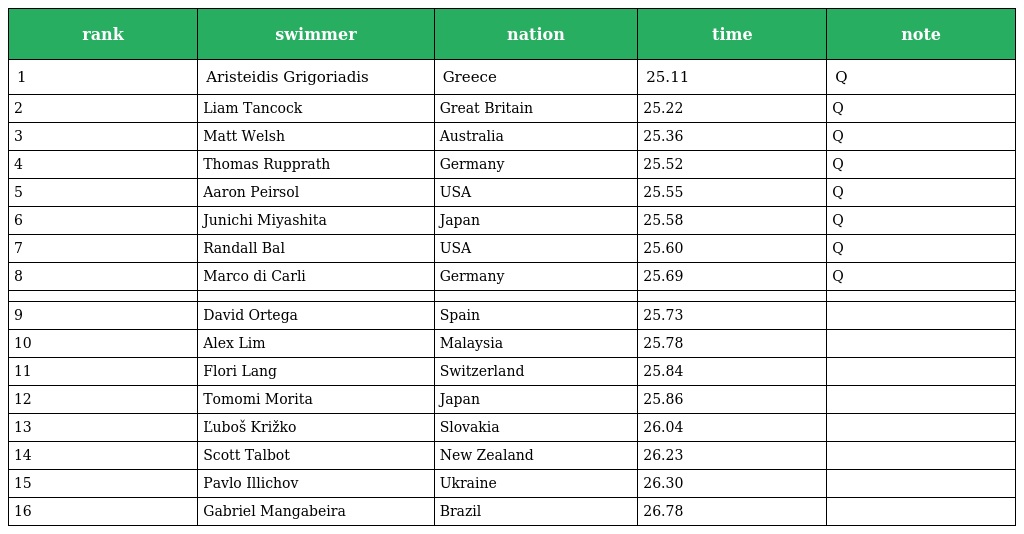
| rank | swimmer | nation | time | note |
 | --- | --- | --- | --- | --- |
 | 1 | Aristeidis Grigoriadis | Greece | 25.11 | Q |
 | 2 | Liam Tancock | Great Britain | 25.22 | Q |
 | 3 | Matt Welsh | Australia | 25.36 | Q |
 | 4 | Thomas Rupprath | Germany | 25.52 | Q |
 | 5 | Aaron Peirsol | USA | 25.55 | Q |
 | 6 | Junichi Miyashita | Japan | 25.58 | Q |
 | 7 | Randall Bal | USA | 25.60 | Q |
 | 8 | Marco di Carli | Germany | 25.69 | Q |
 |  |  |  |  |  |
 | 9 | David Ortega | Spain | 25.73 |  |
 | 10 | Alex Lim | Malaysia | 25.78 |  |
 | 11 | Flori Lang | Switzerland | 25.84 |  |
 | 12 | Tomomi Morita | Japan | 25.86 |  |
 | 13 | Ľuboš Križko | Slovakia | 26.04 |  |
 | 14 | Scott Talbot | New Zealand | 26.23 |  |
 | 15 | Pavlo Illichov | Ukraine | 26.30 |  |
 | 16 | Gabriel Mangabeira | Brazil | 26.78 |  |